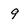
Character: 9